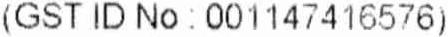
(GST ID NO : 001147416576)